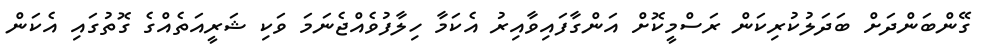
ގޭންބަންދަށް ބަދަލުކުރިކަން ރަސްމީކޮށް އަންގާފައިވާއިރު އެކަމާ ހިލާފުވެއްޖެނަމަ ވަކި ޝަރީއަތެއްގެ ގޮތުގައި އެކަން